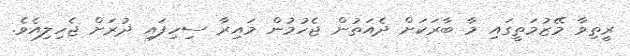
ރީތިވާ މޭޒުމަތީގައި މާ ބާރަކަށް ދެއަތުން ޖެހުމުން މައިރާ ސިހިފައި ދުރަށް ޖެހިލިއެވެ.